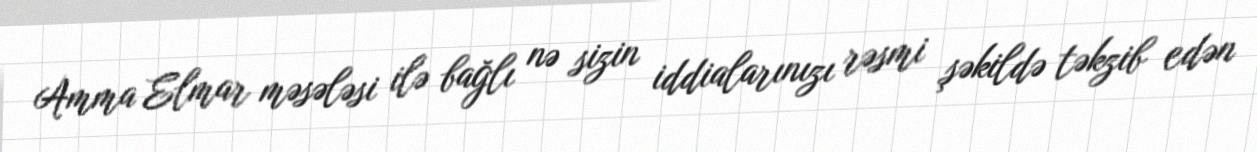
Amma Elmar məsələsi ilə bağlı nə sizin iddialarınızı rəsmi şəkildə təkzib edən